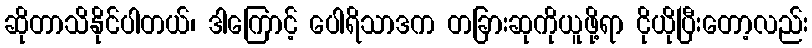
ဆိုတာသိနိုင်ပါတယ်၊ ဒါကြောင့် ပေါရိသာဒက တခြားဆုကိုယူဖို့ရာ ငိုယိုပြီးတော့လည်း